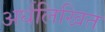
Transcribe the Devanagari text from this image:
अर्धलिखित